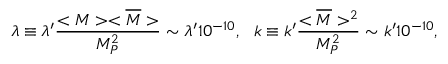
\lambda \equiv \lambda ^ { \prime } \frac { < M > < \overline { { { M } } } > } { M _ { P } ^ { 2 } } \sim \lambda ^ { \prime } 1 0 ^ { - 1 0 } , \ \ k \equiv k ^ { \prime } \frac { < \overline { { { M } } } > ^ { 2 } } { M _ { P } ^ { 2 } } \sim k ^ { \prime } 1 0 ^ { - 1 0 } ,